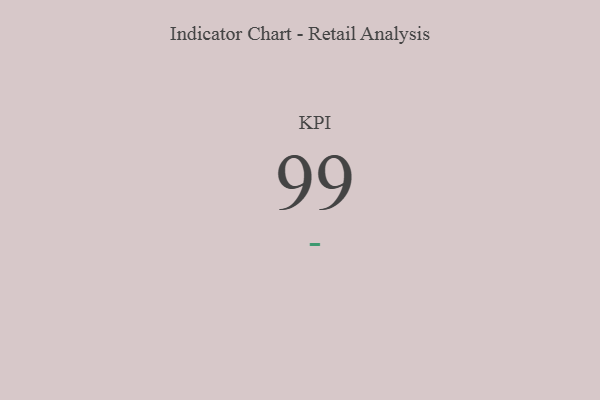
{"axis": {"x": "KPI", "y": "Value"}, "legend": [""], "data": [{"x": "KPI", "y": 99, "type": ""}]}